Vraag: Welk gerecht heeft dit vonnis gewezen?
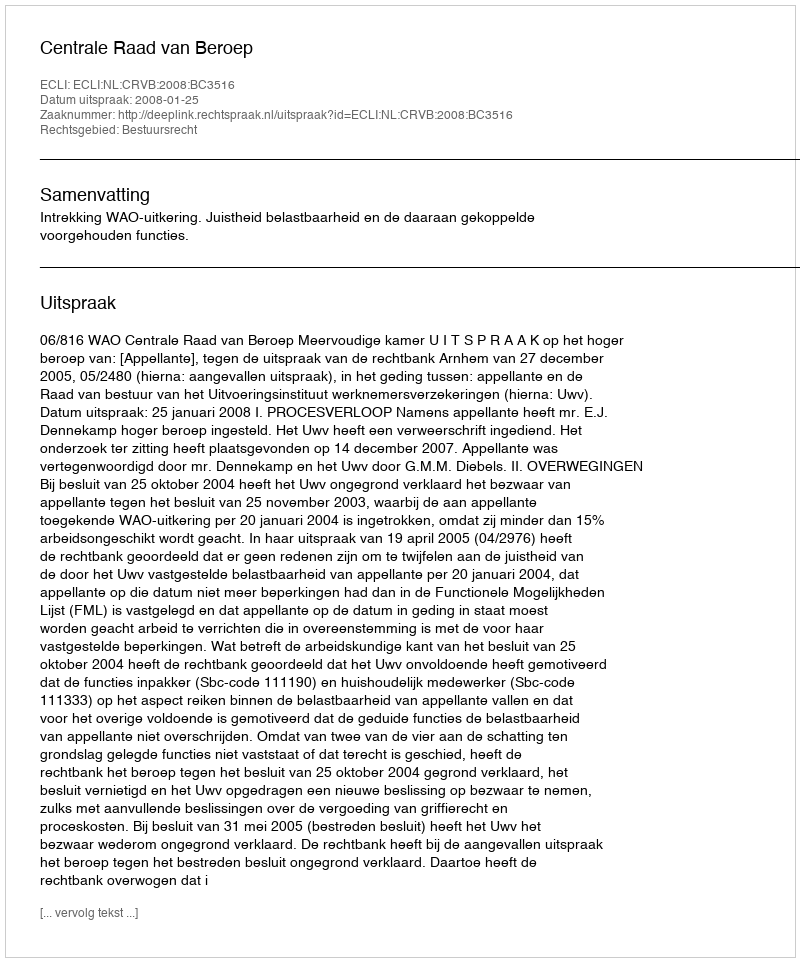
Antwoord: Centrale Raad van Beroep